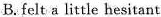
B. felt a little hesitant